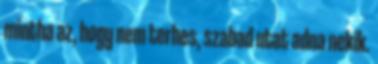
mintha az, hogy nem terhes, szabad utat adna nekik.